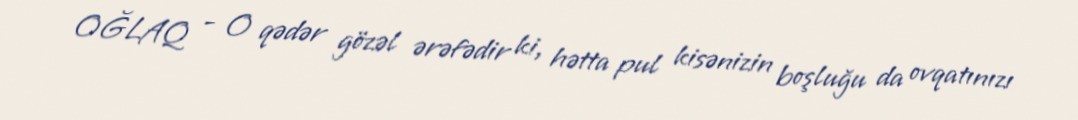
OĞLAQ - O qədər gözəl ərəfədir ki, hətta pul kisənizin boşluğu da ovqatınızı